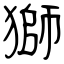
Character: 獅